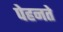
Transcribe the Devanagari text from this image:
पेहनते